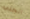
الجلي